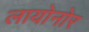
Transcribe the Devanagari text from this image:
लायोनोर